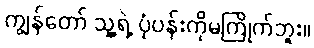
ကျွန်တော် သူ့ရဲ့ ပုံပန်းကိုမကြိုက်ဘူး။